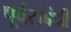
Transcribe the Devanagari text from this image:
पूर्वसंबंधी